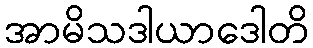
အာမိသဒါယာဒေါတိ